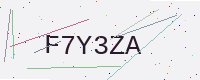
Text: F7Y3ZA